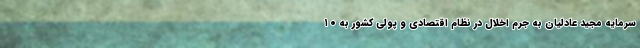
سرمایه مجید عادلیان به جرم اخلال در نظام اقتصادی و پولی کشور به ۱۰